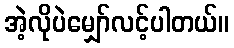
အဲ့လိုပဲမျှော်လင့်ပါတယ်။